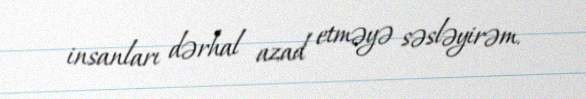
insanları dərhal azad etməyə səsləyirəm.